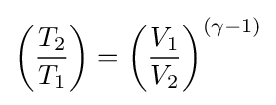
\left({\frac {T_{2}}{T_{1}}}\right)=\left({\frac {V_{1}}{V_{2}}}\right)^{(\gamma -1)}